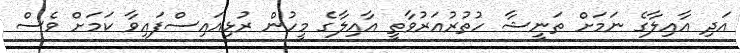
އަދި އާއިލާގެ ނަމަށް ތަނީޝާ ހުތުރުއަރުވާތީ އާއިލާގެ މީހުން ރުޅިއައިސްފައިވާ ކަމަށް ވެސް